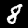
Label: 8